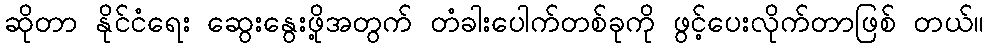
ဆိုတာ နိုင်ငံရေး ဆွေးနွေးဖို့အတွက် တံခါးပေါက်တစ်ခုကို ဖွင့်ပေးလိုက်တာဖြစ် တယ်။